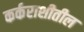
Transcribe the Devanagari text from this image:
कर्कराशीतील